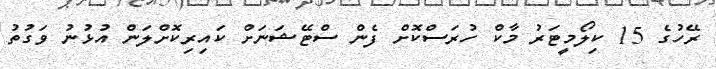
ރޭހުގެ 15 ކިލޯމީޓަރު މާކް ހުރަސްކޮށް ފެން ސްޓޭޝަނަށް ކައިރިކޮށްލަން އުޅުނު ވަގުތު